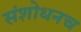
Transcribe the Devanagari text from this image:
संशोधनच